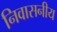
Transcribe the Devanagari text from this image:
निवासनीय